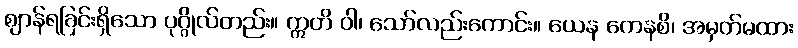
ဈာန်ရခြင်းရှိသော ပုဂ္ဂိုလ်တည်း။ ဣတိ ဝါ၊ သော်လည်းကောင်း။ ယေန ကေနစိ၊ အမှတ်မထား